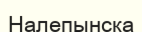
Налепынска